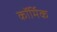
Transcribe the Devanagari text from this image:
कॉर्मिक